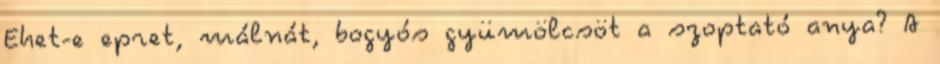
Ehet-e epret, málnát, bogyós gyümölcsöt a szoptató anya? A